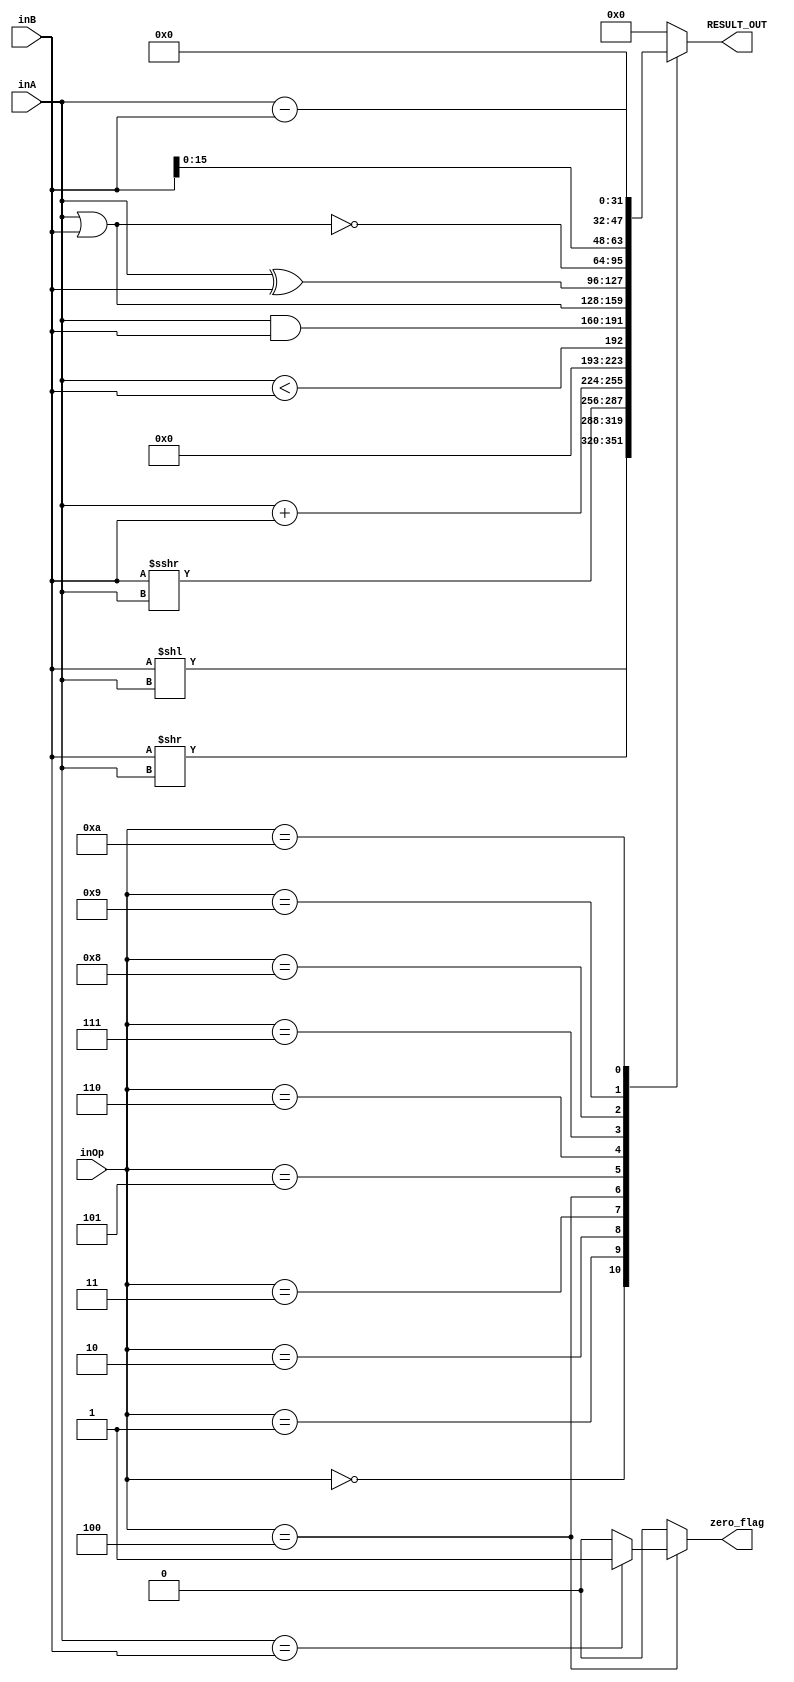
`timescale 1ns / 1ps
//////////////////////////////////////////////////////////////////////////////////
//	Alumnos:
//				 Ortmann, Nestor Javier
// 				 Trejo, Bruno Guillermo
// Year: 		 2019
// Module Name:  ALU
//////////////////////////////////////////////////////////////////////////////////

module ALU #(
	parameter len_data = 32,
	parameter len_op = 4
	)(
	//Inputs
	inA,
	inB,
	inOp,

	//Output
	RESULT_OUT,
	zero_flag
    );

	input signed [len_data-1 : 0] inA;
	input signed [len_data-1 : 0] inB;
	input signed [len_op-1 : 0] inOp;

	output reg [len_data - 1 : 0] RESULT_OUT;
	output reg zero_flag;

	always @(*)
	begin
		zero_flag = 0;

		case (inOp)
			4'b 0000: RESULT_OUT = inB << inA; //shift left logico
			4'b 0001: RESULT_OUT = inB >> inA; //shift right logico
			4'b 0010: RESULT_OUT = inB >>> inA; //shift right aritmetico
			4'b 0011: RESULT_OUT = inA + inB; //add
			
			4'b 0100: 
			begin
				RESULT_OUT = inA < inB; //  (inA < inB = 1 o 0 a OUT)
				zero_flag = inA == inB ? 1'b1 : 1'b0; //BRANCH
			end

			4'b 0101: RESULT_OUT = inA & inB; //and
			4'b 0110: RESULT_OUT = inA | inB; //or
			4'b 0111: RESULT_OUT = inA ^ inB; //xor
			4'b 1000: RESULT_OUT = ~(inA | inB); //nor
			4'b 1001: RESULT_OUT = inB << 16; //LUI
			4'b 1010: RESULT_OUT = inA - inB; //restar
			default: RESULT_OUT = 0;
		endcase	
	end

	endmodule